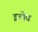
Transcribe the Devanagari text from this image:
इत्येव